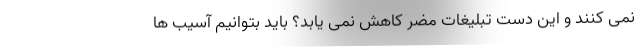
نمی کنند و این دست تبلیغات مضر کاهش نمی یابد؟ باید بتوانیم آسیب ها